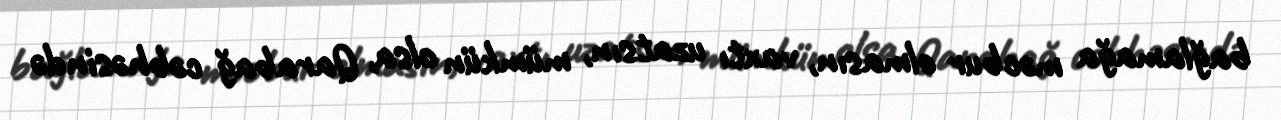
bağlamağa məcbur olmasın, vaxtı uzatsın, mümkün olsa, Qarabağ cəbhəsində